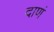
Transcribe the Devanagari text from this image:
दाणं